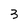
Character: 3